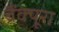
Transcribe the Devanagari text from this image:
ब्रैंक्यूरा